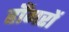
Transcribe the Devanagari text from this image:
हाँगरों